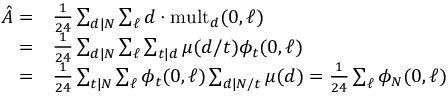
\begin{array} { r l } { \hat { A } = } & { \frac { 1 } { 2 4 } \sum _ { d | N } \sum _ { \ell } d \cdot \mathrm { m u l t } _ { d } ( 0 , \ell ) } \\ { = } & { \frac { 1 } { 2 4 } \sum _ { d | N } \sum _ { \ell } \sum _ { t | d } \mu ( d / t ) \phi _ { t } ( 0 , \ell ) } \\ { = } & { \frac { 1 } { 2 4 } \sum _ { t | N } \sum _ { \ell } \phi _ { t } ( 0 , \ell ) \sum _ { d | N / t } \mu ( d ) = \frac { 1 } { 2 4 } \sum _ { \ell } \phi _ { N } ( 0 , \ell ) } \end{array}